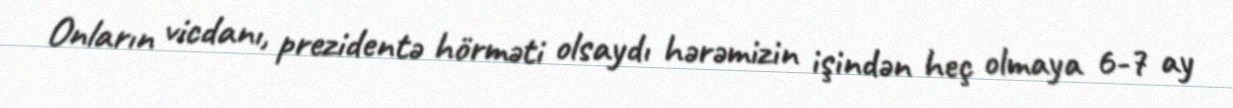
Onların vicdanı, prezidentə hörməti olsaydı hərəmizin işindən heç olmaya 6-7 ay